Scottish Certificate of Education, 1962
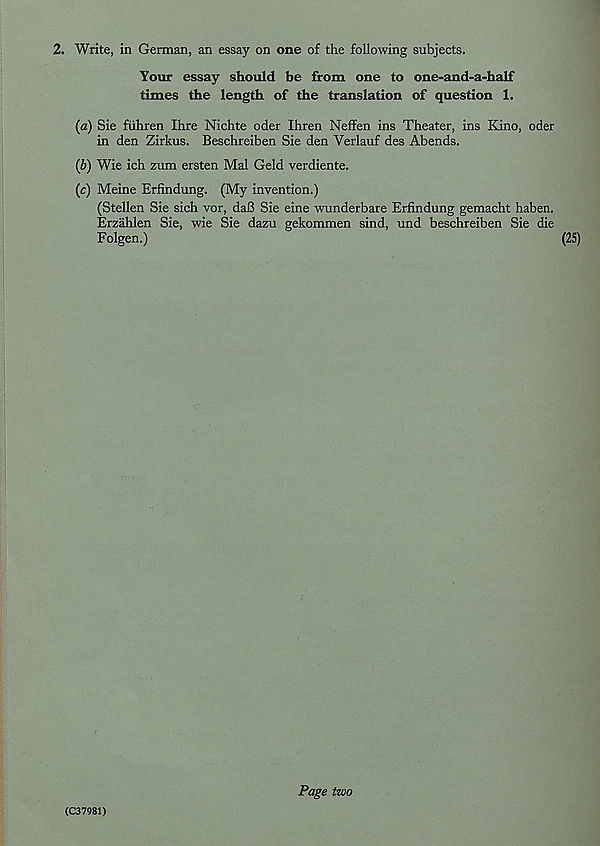
2. Write, in German, an essay on one of the following subjects.
Your essay should be from one to one-and-a-half
times the length of the translation of question 1.
(a) Sie fiihren Ihre Nichte oder Ihren Neffen ins Theater, ins Kino, oder
in den Zirkus. Beschreiben Sie den Verlauf des Abends.
(b) Wie ich zum ersten Mai Geld verdiente.
(c) Meine Erfindung. (My invention.)
(Stellen Sie sich vor, daB Sie eine wunderbare Erfindung gemacht haben.
Erzahlen Sie, wie Sie dazu gekommen sind, und beschreiben Sie die
Folgen.)
(25)
(C37981)
Page two